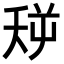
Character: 𪜏